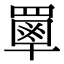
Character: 𦌃